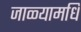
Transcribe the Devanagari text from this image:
जाळ्यामधि